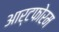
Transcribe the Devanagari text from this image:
आर्टफोरम